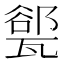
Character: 𪼾